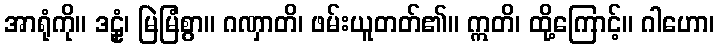
အာရုံကို။ ဒဠှံ၊ မြဲမြံစွာ။ ဂဏှာတိ၊ ဖမ်းယူတတ်၏။ ဣတိ၊ ထို့ကြောင့်။ ဂါဟော၊